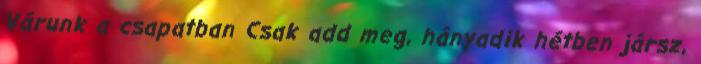
Várunk a csapatban Csak add meg, hányadik hétben jársz,